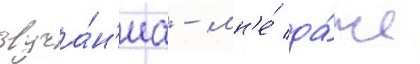
звуча́н'иа - мн'е́ да́же